Annual statistical returns and brief notes on vaccination in Bengal - 1887-1898
Year: 1887
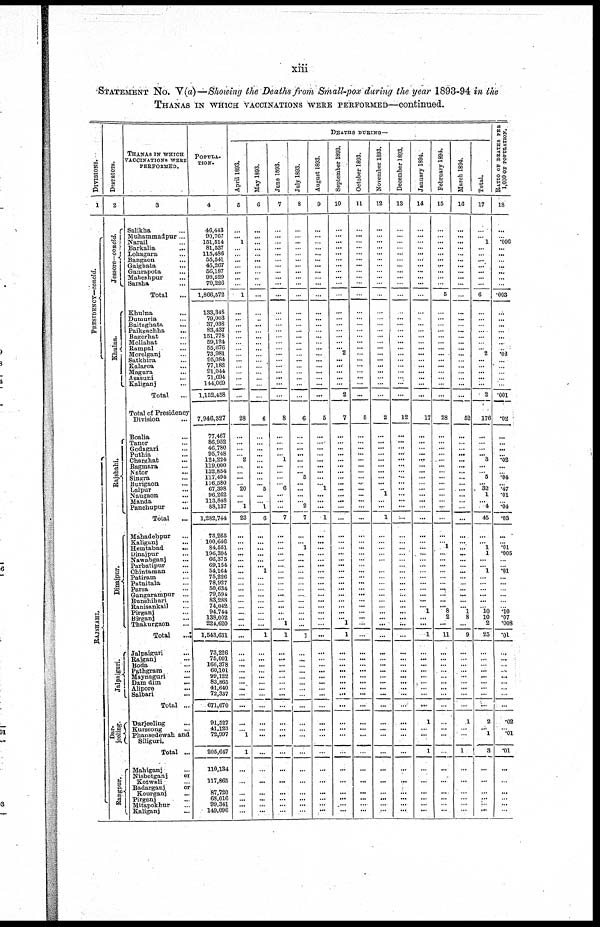
xiii
STATEMENT NO. V(a)—Showing the Deaths from Small-pox during the year 1893-94 in the
THANAS IN WHICH VACCINATIONS WERE PERFORMED—continued.
DIVISIONS.
1
PRESIDENCY—concld.
RAJSHAHI.
DISTRICTS.
2
Jessore—concld.
Khulna.
Rajshahi.
Dinajpur.
Jalpaiguri.
Dar-
jeeling.
Rangpur.
THANAS IN WHICH
VACCINATIONS WERE
PERFORMED.
3
Salikha ...
Muhammadpur ...
Narail ...
Barkalia ...
Lohagara ...
Bangaon ...
Gaighata ...
Ganrapota ...
Maheshpur ...
Sarsha ...
Total ...
Khulna ...
Dumuria ...
Baitaghata ...
Paikgachha ...
Bagerhat ...
Mollahat ...
Rampal ...
Morelganj ...
Satkhira ...
Kalaroa ...
Magura ...
Asasuni ...
Kaliganj ...
Total ...
Total of Presidency
Division ...
Boalia ...
Tanor ...
Godagari ...
Puthia ...
Charghat ...
Bagmara ...
Nator ...
Singra ...
Burigaon ...
Lalpur ...
Naugaon ...
Handa ...
Panchupur ...
Total ...
Mahadebpur ...
Kaliganj ...
Hemtabad ...
Dinajpur ...
Nawabganj ...
Parbatipur ...
Chintaman ...
Patiram ...
Patnitala ...
Parsa ...
Gangarampur ...
Bunshibari ...
Ranisankail ...
Pirganj ...
Birganj ...
Thakurgaon ...
Total
...
Jalpaiguri ...
Rajganj ...
Boda ...
Pathgram ...
Maynaguri ...
Dam dim
...
Alipore ...
Salbari ...
Total ...
Darjeeling ...
Kurseong ...
Phansedewah and
Siliguri.
Total ...
Mahiganj ...
Nisbetganj
or
Kotwali ...
Badarganj
or
Kourganj ...
Pirganj ...
Mitapokhur ...
Kaliganj ...
POPULA-
----.
4
46,443
90,767
151,514
81,537
115,486
55,541
45,267
56,187
99,529
70,226
1,866,572
133,348
79,003
37,038
83,437
151,778
59,124
55,676
73,981
95,084
77,182
91,044
71,694
144,069
1,152,458
7,946,327
77,467
86,952
46,780
95,748
124,224
119,000
132,854
117,494
116,580
67,398
96,262
113,848
88,137
1,282,744
73,265
100,646
84,551
196,394
66,375
69,154
54,164
75,226
78,927
50,634
79,594
83,288
74,042
94,744
138,002
224,620
1,543,631
73,226
75,001
166,378
60,101
99,122
83,865
41,640
72,337
671,670
91,527
41,123
72,997
205,647
110,134
117,865
87,720
68,016
99,341
149,096
DEATHS DURING—
April 1893.
5
...
...
1
...
...
...
...
...
...
...
1
...
...
...
...
...
...
...
...
...
...
...
...
...
...
28
...
...
...
...
2
...
...
...
...
20
...
...
1
23
...
...
...
...
...
...
...
...
...
...
...
...
...
...
...
...
...
...
...
...
...
...
...
...
...
...
...
...
1
1
...
...
...
...
...
...
May 1893.
6
...
...
...
...
...
...
...
...
...
...
...
...
...
...
...
...
...
...
...
...
...
...
...
...
...
6
...
...
...
...
...
...
...
...
...
5
...
...
1
6
...
...
...
...
...
...
1
...
...
...
...
...
...
...
...
...
1
...
...
...
...
...
...
...
...
...
...
...
...
...
...
...
...
...
...
...
Jane 1893.
7
...
...
...
...
...
...
...
...
...
...
...
...
...
...
...
...
...
...
...
...
...
...
...
...
...
8
...
...
...
...
1
...
...
...
...
6
...
...
...
7
...
...
...
...
...
...
...
...
...
...
...
...
...
...
...
1
1
...
...
...
...
...
...
...
...
...
...
...
...
...
...
...
...
...
...
...
July 1893.
8
...
...
...
...
...
...
...
...
...
...
...
...
...
...
...
...
...
...
...
...
...
...
...
...
...
6
...
...
...
...
...
...
...
5
...
...
...
...
2
7
...
...
1
...
...
...
...
...
...
...
...
...
...
...
...
...
1
...
...
...
...
...
...
...
...
...
...
...
...
...
...
...
...
...
...
...
August 1893.
9
...
...
...
...
...
...
...
...
...
...
...
...
...
...
...
...
...
...
...
...
...
...
...
...
...
5
...
...
...
...
...
...
...
...
...
1
...
...
...
1
...
...
...
...
...
...
...
...
...
...
...
...
...
...
...
...
...
...
...
...
...
...
...
...
...
...
...
...
...
...
...
...
...
...
...
...
September 1893.
10
...
...
...
...
...
...
...
...
...
...
...
...
...
...
...
...
...
...
2
...
...
...
...
...
2
7
...
...
...
...
...
...
...
...
...
...
...
...
...
...
...
...
...
...
...
...
...
...
...
...
...
...
...
...
...
1
1
...
...
...
...
...
...
...
...
...
...
...
...
...
...
...
...
...
...
...
October 1893.
11
...
...
...
...
...
...
...
...
...
...
...
...
...
...
...
...
...
...
...
...
...
...
...
...
...
5
...
...
...
...
...
...
...
...
...
...
...
...
...
...
...
...
...
...
...
...
...
...
...
...
...
...
...
...
...
...
...
...
...
...
...
...
...
...
...
...
...
...
...
...
...
...
...
...
...
...
November 1893.
12
...
...
...
...
...
...
...
...
...
...
...
...
...
...
...
...
...
...
...
...
...
...
...
...
...
2
...
...
...
...
...
...
...
...
...
...
...
...
...
1
...
...
...
...
...
...
...
...
...
...
...
...
...
...
...
...
...
...
...
...
...
...
...
...
...
...
...
...
...
...
...
...
...
...
...
...
December 1893.
13
...
...
...
...
...
...
...
...
...
...
...
...
...
...
...
...
...
...
...
...
...
...
...
...
...
12
...
...
...
...
...
...
...
...
...
...
...
...
...
...
...
...
...
...
...
...
...
...
...
...
...
...
...
...
...
...
...
...
...
...
...
...
...
...
...
...
...
...
...
...
...
...
...
...
...
...
January 1894.
14
...
...
...
...
...
...
...
...
...
...
...
...
...
...
...
...
...
...
...
...
...
...
...
...
...
17
...
...
...
...
...
...
...
...
...
...
...
...
...
...
...
...
...
...
...
...
...
...
...
...
...
...
...
1
...
...
1
...
...
...
...
...
...
...
...
...
1
...
...
1
...
...
...
...
...
...
February 1894.
15
...
...
...
...
...
...
...
...
...
...
5
...
...
...
...
...
...
...
...
...
...
...
...
...
...
28
...
...
...
...
...
...
...
...
...
...
...
...
...
...
...
...
1
...
...
...
...
...
...
...
...
...
...
8
2
...
11
...
...
...
...
...
...
...
...
...
...
...
...
...
...
...
...
...
...
...
March 1894.
16
...
...
...
...
...
...
...
...
...
...
...
...
...
...
...
...
...
...
...
...
...
...
...
...
...
52
...
...
...
...
...
...
... ...
...
...
...
...
...
...
...
...
...
...
...
...
...
...
...
...
...
...
... 1
8
...
9
...
...
...
...
...
...
...
...
...
1
... ...
1
...
...
...
...
...
...
Total.
17
...
...
1
...
...
...
...
...
...
...
6
...
...
...
...
...
...
...
2
...
...
...
...
...
2
176
...
...
...
... 3
...
...
5
...
32
1
...
4
45
...
...
1
1
...
...
1
...
...
...
...
...
...
10
10
2
23
...
...
...
...
...
...
...
...
...
2
...
1
3
...
...
...
...
...
...
RATIO OF DEATHS PER
1,000 OF POPULATION.
18
...
...
.006
...
...
...
...
...
...
...
.003
...
...
...
...
...
...
...
.02
...
...
...
...
...
.001
.02
...
...
...
...
.02
...
...
.04
...
.47
.01
...
.04
.03
...
...
.01
.005
...
...
. 01
...
...
...
...
...
...
.10
.07
.008
.01
...
...
...
...
...
...
...
...
...
.02
...
.01
.01
...
...
...
...
...
...